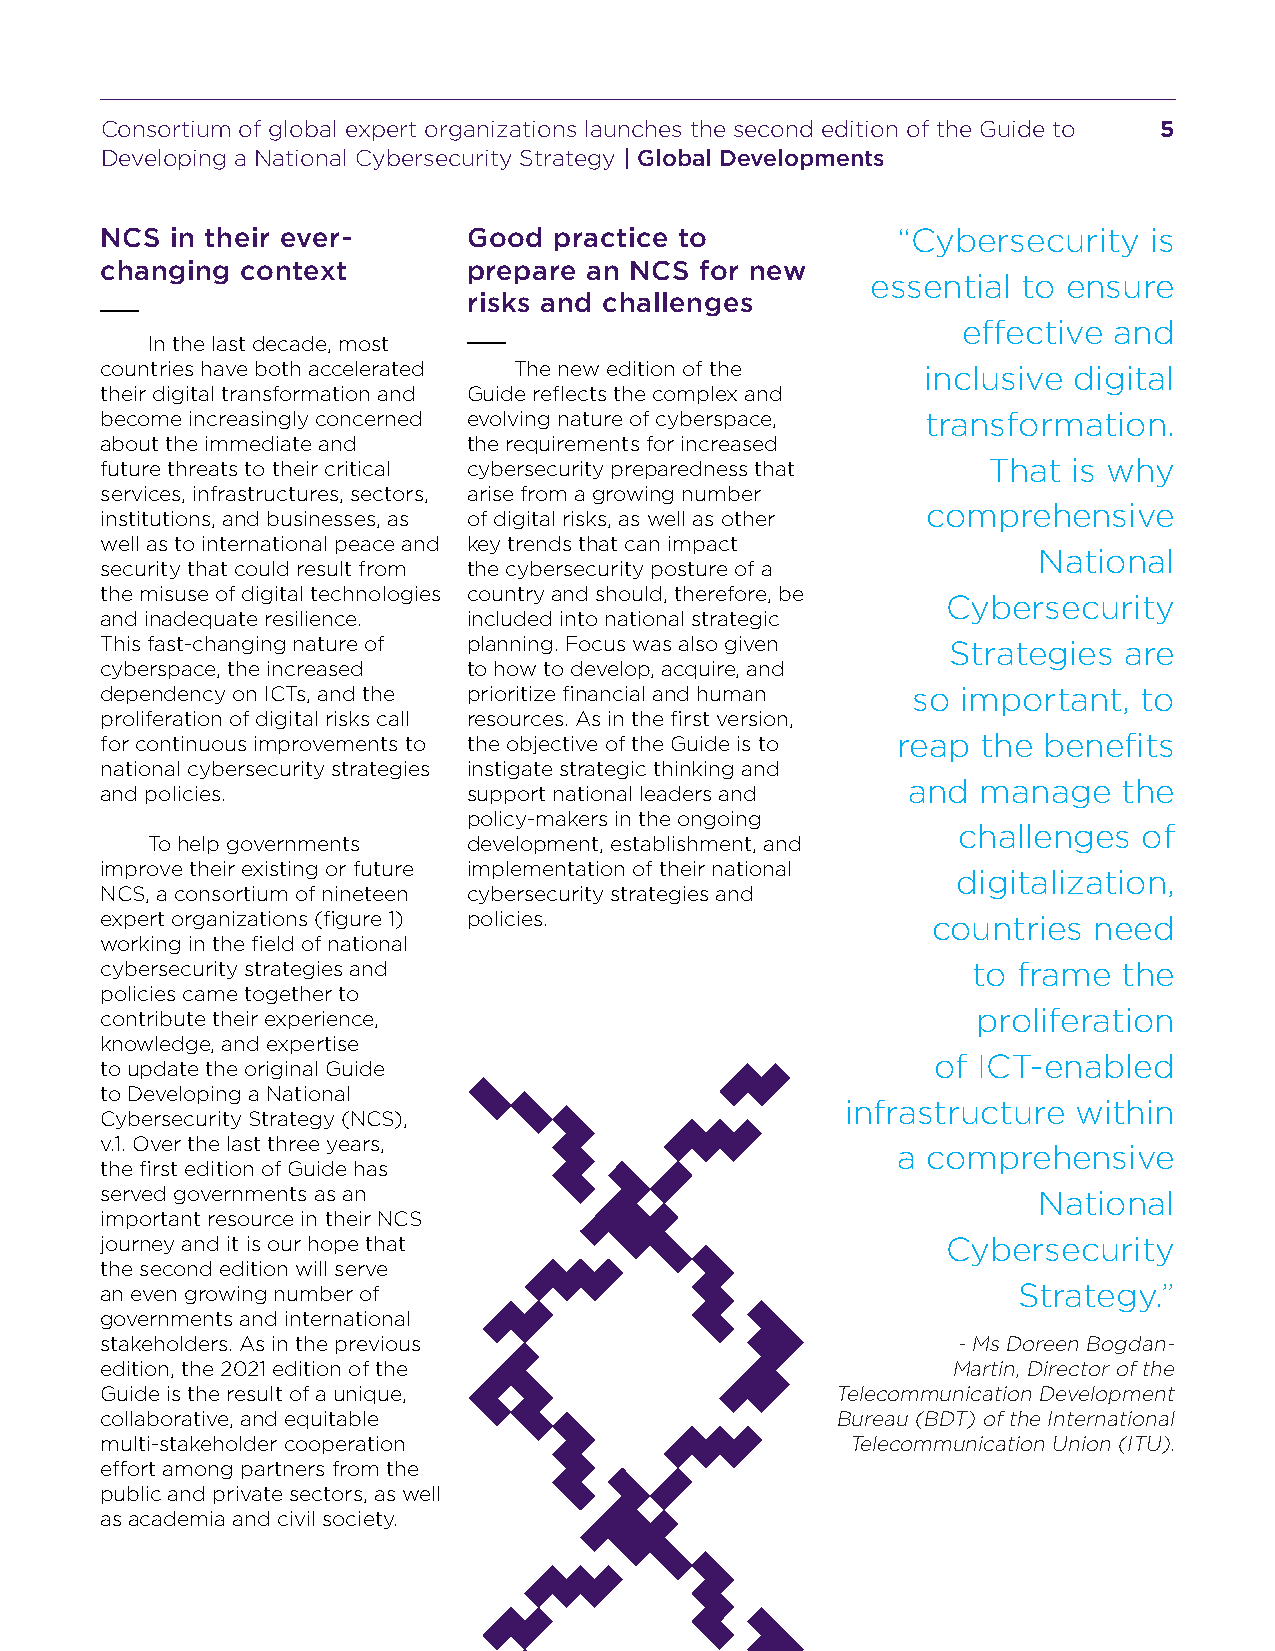
Consortium of global expert organizations launches the second edition of the Guide to 5
 Developing a National Cybersecurity Strategy | Global Developments
 NCS in their ever-      Good  practice to           “Cybersecurity   is
 changing context        prepare an NCS for new
 essential to ensure
 risks and challenges
 effective and
 In the last decade, most
 countries have both accelerated The new edition of the inclusive digital
 their digital transformation and Guide reflects the complex and
 become increasingly concerned evolving nature of cyberspace, transformation.
 about the immediate and the requirements for increased
 future threats to their critical cybersecurity preparedness that That is why
 services, infrastructures, sectors, arise from a growing number
 comprehensive
 institutions, and businesses, as of digital risks, as well as other
 well as to international peace and key trends that can impact
 National
 security that could result from the cybersecurity posture of a
 the misuse of digital technologies country and should, therefore, be
 Cybersecurity
 and inadequate resilience. included into national strategic
 This fast-changing nature of planning. Focus was also given Strategies are
 cyberspace, the increased to how to develop, acquire, and
 dependency on ICTs, and the prioritize financial and human so important, to
 proliferation of digital risks call resources. As in the first version,
 for continuous improvements to the objective of the Guide is to reap the benefits
 national cybersecurity strategies instigate strategic thinking and
 and  manage   the
 and policies.           support national leaders and
 policy-makers in the ongoing
 challenges   of
 To help governments  development, establishment, and
 improve their existing or future implementation of their national
 digitalization,
 NCS, a consortium of nineteen cybersecurity strategies and
 expert organizations (figure 1) policies.              countries need
 working in the field of national
 cybersecurity strategies and                             to frame  the
 policies came together to
 contribute their experience,                              proliferation
 knowledge, and expertise
 of ICT-enabled
 to update the original Guide
 to Developing a National
 infrastructure within
 Cybersecurity Strategy (NCS),
 v.1. Over the last three years,
 a comprehensive
 the first edition of Guide has
 served governments as an                                      National
 important resource in their NCS
 journey and it is our hope that                         Cybersecurity
 the second edition will serve
 an even growing number of                                   Strategy.”
 governments and international
 stakeholders. As in the previous                        - Ms Doreen Bogdan-
 edition, the 2021 edition of the                        Martin, Director of the
 Guide is the result of a unique,                Telecommunication Development
 collaborative, and equitable                    Bureau (BDT) of the International
 multi-stakeholder cooperation                    Telecommunication Union (ITU).
 effort among partners from the
 public and private sectors, as well
 as academia and civil society.